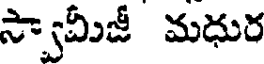
స్వామీజీ మధుర